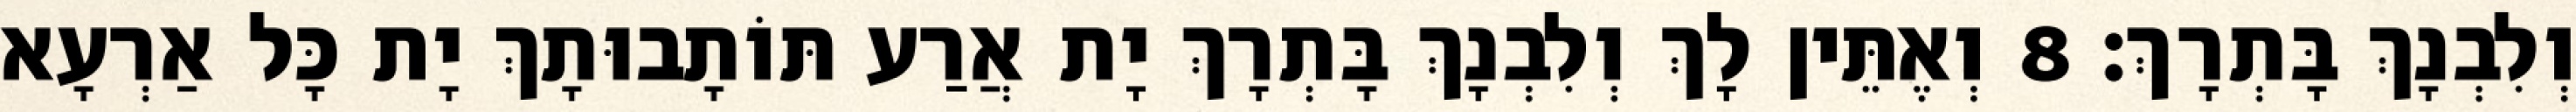
וְלִבְנָךְ בָּתְרָךְ׃ 8 וְאֶתֵּין לָךְ וְלִבְנָךְ בָּתְרָךְ יָת אֲרַע תּוֹתָבוּתָךְ יָת כָּל אַרְעָא